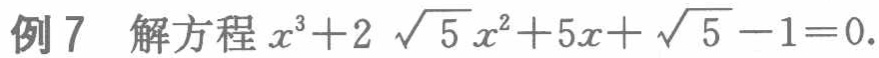
例7 解方程\(x^{3}+2\sqrt{5}x^{2}+5x+\sqrt{5}-1 = 0\).